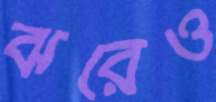
ঝরেও